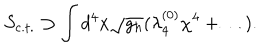
LaTeX: S _ { \mathrm { c . t . } } \supset \int d ^ { 4 } x \sqrt { g _ { h } } ( \lambda _ { 4 } ^ { ( 0 ) } \chi ^ { 4 } + \ldots ) .